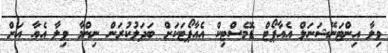
ވިލާ އިންޓަނޭޝަނަލް އެއާޕޯޓް ޑޮމެސްޓިކް އެއާޕޯޓަކަށް ބަދަލުކުރަން ނިންމާ ވިލާ އެއާ އަށް